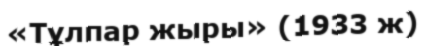
«Тұлпар жыры» (1933 ж)